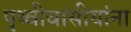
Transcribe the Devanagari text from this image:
पृथ्वीवासीयांना